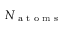
N _ { \textrm { a t o m s } }